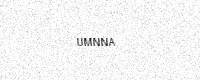
Text: UMNNA